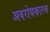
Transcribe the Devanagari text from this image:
अवरोधकारक